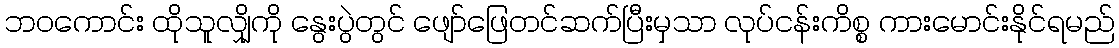
ဘဝကောင်း ထိုသူလျှိုကို နွေးပွဲတွင် ဖျော်ဖြေတင်ဆက်ပြီးမှသာ လုပ်ငန်းကိစ္စ ကားမောင်းနိုင်ရမည်